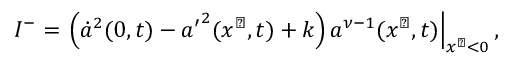
I ^ { - } = \left. \left( \dot { a } ^ { 2 } ( 0 , t ) - { a ^ { \prime } } ^ { 2 } ( x ^ { \perp } , t ) + k \right) a ^ { \nu - 1 } ( x ^ { \perp } , t ) \right| _ { x ^ { \perp } < 0 } ,